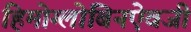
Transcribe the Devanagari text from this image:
हिमोग्लोबिनऐवजी